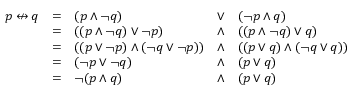
{ \begin{array} { l l l l l } { p \nleftrightarrow q } & { = } & { ( p \land \lnot q ) } & { \lor } & { ( \lnot p \land q ) } \\ & { = } & { ( ( p \land \lnot q ) \lor \lnot p ) } & { \land } & { ( ( p \land \lnot q ) \lor q ) } \\ & { = } & { ( ( p \lor \lnot p ) \land ( \lnot q \lor \lnot p ) ) } & { \land } & { ( ( p \lor q ) \land ( \lnot q \lor q ) ) } \\ & { = } & { ( \lnot p \lor \lnot q ) } & { \land } & { ( p \lor q ) } \\ & { = } & { \lnot ( p \land q ) } & { \land } & { ( p \lor q ) } \end{array} }